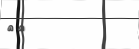
٦٠